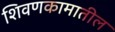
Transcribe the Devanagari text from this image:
शिवणकामातील